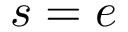
s = e